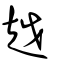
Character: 越